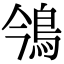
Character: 鳹